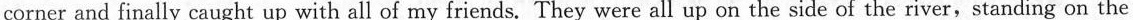
corner and finally \underline{caught up with} all of my friends. They were all up on the side of the river,standing on the